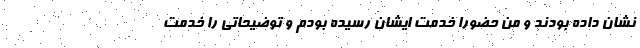
نشان داده بودند و من حضوراً خدمت ایشان رسیده بودم و توضیحاتی را خدمت